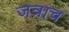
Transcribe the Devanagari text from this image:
जत्राच